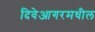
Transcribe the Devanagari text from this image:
दिवेआगरमधील